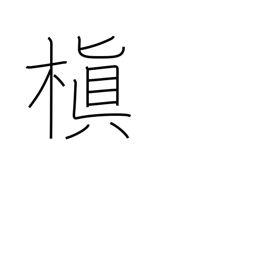
Meaning: Chinese black pine